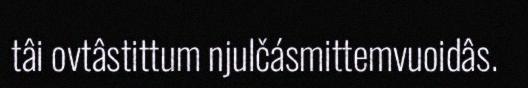
tâi ovtâstittum njulčásmittemvuoidâs.